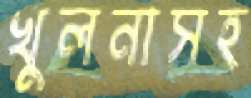
খুলনাসহ